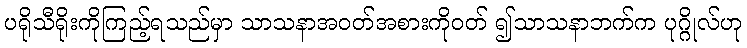
ပရိုသီရိုးကိုကြည့်ရသည်မှာ သာသနာအဝတ်အစားကိုဝတ် ၍သာသနာဘက်က ပုဂ္ဂိုလ်ဟု